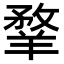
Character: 𦎦